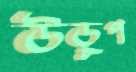
উড়ুপ